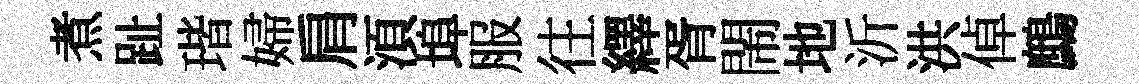
煮趾瑎婦肩湏埠服往繹胥閙地沂洪倬鷓